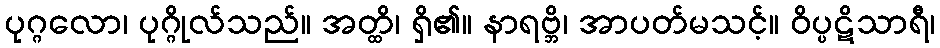
ပုဂ္ဂလော၊ ပုဂ္ဂိုလ်သည်။ အတ္ထိ၊ ရှိ၏။ နာရဗ္ဘိ၊ အာပတ်မသင့်။ ဝိပ္ပဋိသာရီ၊